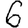
Digit: 6